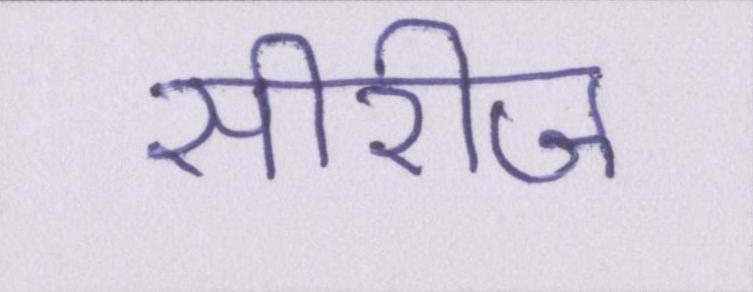
सीरीज